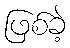
ဖြစ်ခဲ့